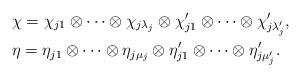
LaTeX: \begin{align*}& \chi=\chi_{j1}\otimes\cdots \otimes \chi_{j\lambda_j}\otimes \chi_{j1}'\otimes\cdots\otimes \chi_{j\lambda_j'}', \\& \eta=\eta_{j1}\otimes\cdots \otimes \eta_{j\mu_j}\otimes \eta_{j1}'\otimes\cdots\otimes \eta_{j\mu_j'}'. \end{align*}